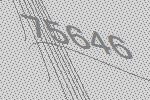
75646